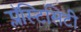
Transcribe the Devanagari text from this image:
प्लॅस्टिसिटी